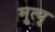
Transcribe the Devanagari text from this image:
मुत्यृ